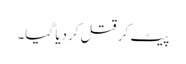
پیٹ کر قتل کردیا گیا۔